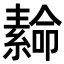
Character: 𦅫